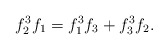
\begin{align*} f_2^3f_1 = f_1^3f_3 + f_3^3f_2.\end{align*}